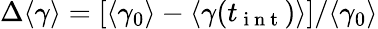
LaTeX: \Delta\langle\gamma\rangle=[\langle\gamma_{0}\rangle-\langle\gamma(t_{\mathrm{~i~n~t~}})\rangle]/\langle\gamma_{0}\rangle